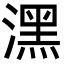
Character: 潶